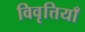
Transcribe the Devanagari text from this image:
विवृत्तियाँ